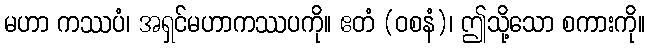
မဟာ ကဿပံ၊ အရှင်မဟာကဿပကို။ ဧတံ (ဝစနံ)၊ ဤသို့သော စကားကို။